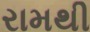
રામથી